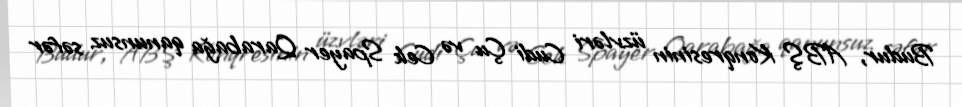
Budur, ABŞ Konqresinin üzvləri Cudi Çu və Cek Spayer Qarabağa qanunsuz səfər